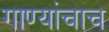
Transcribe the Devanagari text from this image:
गाण्यांचाच